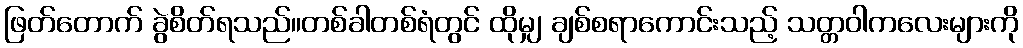
ဖြတ်တောက် ခွဲစိတ်ရသည်။တစ်ခါတစ်ရံတွင် ထိုမျှ ချစ်စရာကောင်းသည့် သတ္တဝါကလေးများကို